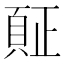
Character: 𲊪